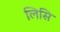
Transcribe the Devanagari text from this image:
लिसि